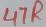
Text: 47R